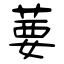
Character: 葽